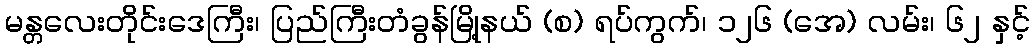
မန္တလေးတိုင်းဒေကြီး၊ ပြည်ကြီးတံခွန်မြို့နယ် (စ) ရပ်ကွက်၊ ၁၂၆ (အေ) လမ်း၊ ၆၂ နှင့်